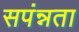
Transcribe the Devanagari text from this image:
सपंन्नता